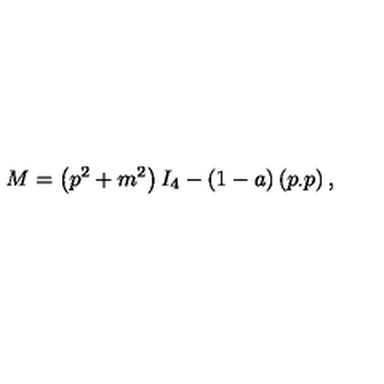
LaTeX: M = \left( p ^ { 2 } + m ^ { 2 } \right) I _ { 4 } - ( 1 - a ) \left( p _ { \cdot } p \right) ,